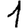
Digit: 1